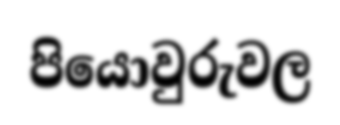
පියොවුරුවල